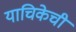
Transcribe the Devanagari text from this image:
याचिकेची